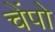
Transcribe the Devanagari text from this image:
चेंपो